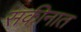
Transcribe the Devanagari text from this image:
सकीनात